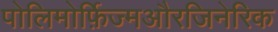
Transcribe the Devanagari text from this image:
पोलिमोर्फ़िज्मऔरजिनेरिक